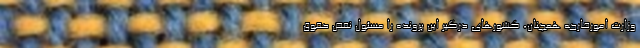
وزارت امورخارجه همچنان، کشورهای درگیر این پرونده را مسئول نقض حقوق